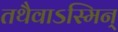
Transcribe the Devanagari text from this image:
तथैवाऽस्मिन्